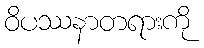
ဝိပဿနာတရားကို